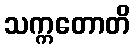
သက္ကတောတိ